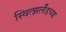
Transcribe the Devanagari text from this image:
स्वित्झर्लॅडच्या